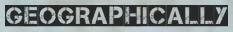
GEOGRAPHICALLY